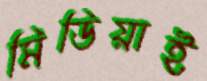
মিডিয়াই